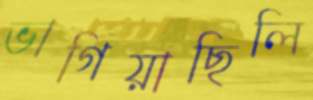
ভাগিয়াছিলি